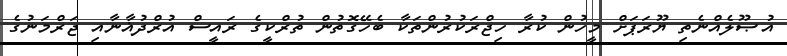
އުޞޫލެއްނެތި ޔޫރަޕަށް މީހުން ކުރާ ހިޖްރަކުރުންތަކާ ބެހޭގޮތުން ތުރްކީގެ ރައީސް އުރްދުޣާނާއި ޖަރްމަނުގެ